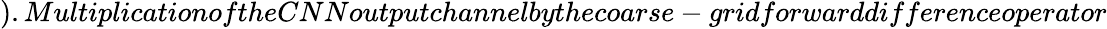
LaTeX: ).MultiplicationoftheCNNoutputchannelbythecoarse-gridforwarddifferenceoperator